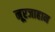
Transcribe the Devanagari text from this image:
नूरजाहान